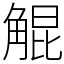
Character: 䚠